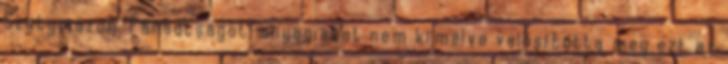
Szatymazon. Fáradtságot, anyagiakat nem kímélve valósította meg ezt az